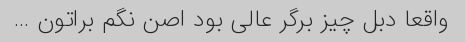
واقعا دبل چیز برگر عالی بود اصن نگم براتون …